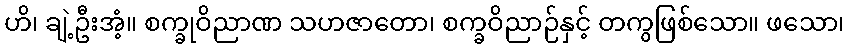
ဟိ၊ ချဲ့ဦးအံ့။ စက္ခုဝိညာဏ သဟဇာတော၊ စက္ခဝိညာဉ်နှင့် တကွဖြစ်သော။ ဖသော၊